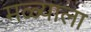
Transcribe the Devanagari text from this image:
मळ्याला